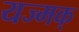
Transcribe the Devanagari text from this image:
यज्मक्